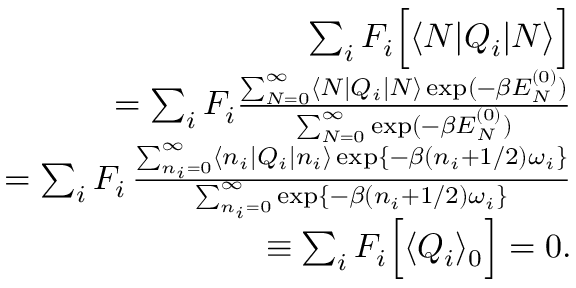
\begin{array} { r l r } & { } & { \sum _ { i } F _ { i } \Big [ \langle N | Q _ { i } | N \rangle \Big ] } \\ & { } & { = \sum _ { i } F _ { i } \frac { \sum _ { N = 0 } ^ { \infty } \langle N | Q _ { i } | N \rangle \exp ( - \beta E _ { N } ^ { ( 0 ) } ) } { \sum _ { N = 0 } ^ { \infty } \exp ( - \beta E _ { N } ^ { ( 0 ) } ) } } \\ & { } & { = \sum _ { i } F _ { i } \, \frac { \sum _ { n _ { i } = 0 } ^ { \infty } \langle n _ { i } | Q _ { i } | n _ { i } \rangle \exp \{ - \beta ( n _ { i } + 1 / 2 ) \omega _ { i } \} } { \sum _ { n _ { i } = 0 } ^ { \infty } \exp \{ - \beta ( n _ { i } + 1 / 2 ) \omega _ { i } \} } } \\ & { } & { \equiv \sum _ { i } F _ { i } \Big [ \langle Q _ { i } \rangle _ { 0 } \Big ] = 0 . } \end{array}